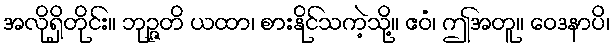
အလိုရှိတိုင်း။ ဘုဉ္ဇတိ ယထာ၊ စားနိုင်သကဲ့သို့။ ဧဝံ၊ ဤအတူ။ ဝေဒနာပိ၊